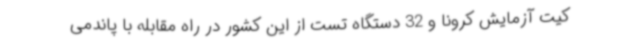
کیت آزمایش کرونا و 32 دستگاه تست از این کشور در راه مقابله با پاندمی